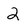
Character: 2